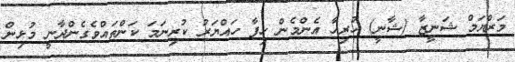
މަރްޔަމް ޝަނީޒާ (ޝާނީ) ހުރިހާ އެންމެން ހިފާ ހައްޔަރު ކުރިނަމަ ކަންތައްވެގެންދާނީ މުޅިން